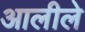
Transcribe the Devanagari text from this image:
आलीले